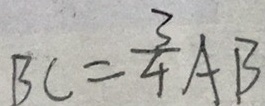
B C = \frac { 3 } { 4 } A B